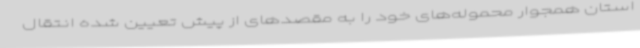
استان همجوار محموله‌های خود را به مقصدهای از پیش تعیین شده انتقال